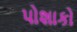
પોશાકો